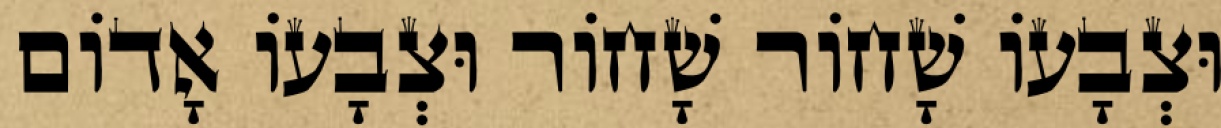
וּצְבָעוֹ שָׁחוֹר שָׁחוֹר וּצְבָעוֹ אָדוֹם